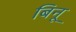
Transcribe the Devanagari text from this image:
बिनू